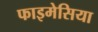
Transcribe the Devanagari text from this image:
फाइमेसिया